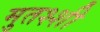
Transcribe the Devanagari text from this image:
मुतश्शी